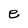
Character: e